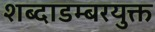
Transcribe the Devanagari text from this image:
शब्दाडम्बरयुक्त